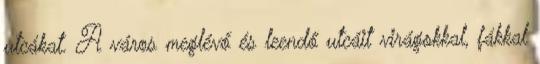
utcákat. A város meglévő és leendő utcáit virágokkal, fákkal